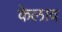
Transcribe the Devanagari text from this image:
केलाव